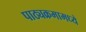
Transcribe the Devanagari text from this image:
पाठ्यक्रमामध्ये